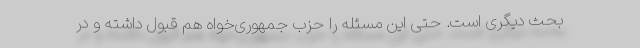
بحث دیگری است. حتی این مسئله را حزب جمهوری‌خواه هم قبول داشته و در